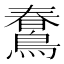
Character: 𪃣